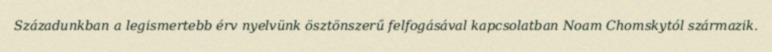
Századunkban a legismertebb érv nyelvünk ösztönszerű felfogásával kapcsolatban Noam Chomskytól származik.